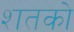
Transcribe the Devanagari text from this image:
शतको